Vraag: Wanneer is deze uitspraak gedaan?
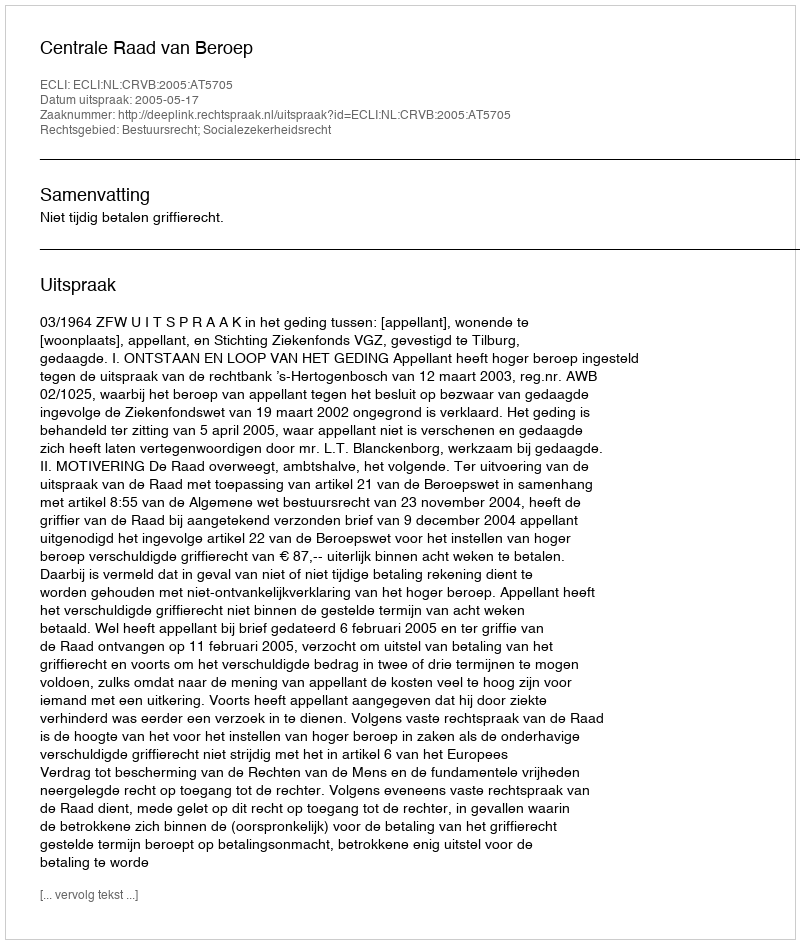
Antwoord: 2005-05-17